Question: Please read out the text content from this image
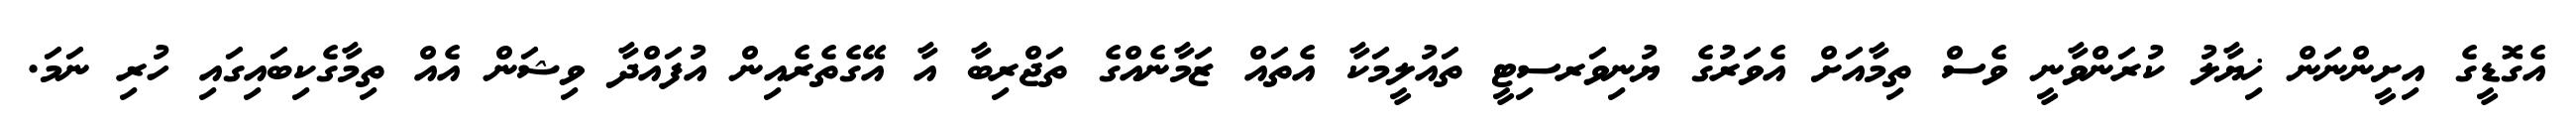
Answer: އެގޮޑީގެ އިށީންނަން ޚިޔާލު ކުރަންވާނީ ވެސް ތިމާއަށް އެވަރުގެ ޔުނިވަރސިޓީ ތައުލީމަކާ އެތައް ޒަމާނެއްގެ ތަޖްރިބާ އާ އޭގެތެރެއިން އުފައްދާ ވިޝަން އެއް ތިމާގެކިބައިގައި ހުރި ނަމަ.